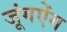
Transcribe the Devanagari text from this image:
जूंगऐंग